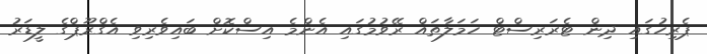
ޕެރިހުގައި ދިން ޓެރަރިސްޓް ހަމަލާތައް ރޭވުމުގައި އެންމެ އިސްކޮށް ބައިވެރިވި އެގްރޫޕްގެ ލީޑަރު